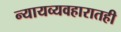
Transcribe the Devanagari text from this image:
न्यायव्यवहारातही